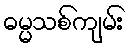
ဓမ္မသစ်ကျမ်း